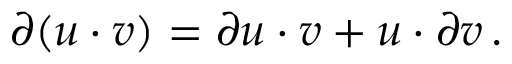
\partial ( u \cdot v ) = \partial u \cdot v + u \cdot \partial v \, .